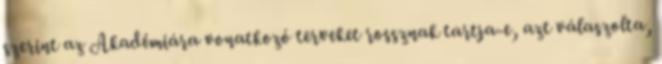
szerint az Akadémiára vonatkozó terveket rossznak tartja-e, azt válaszolta,